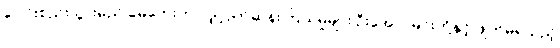
ပေါင်းစည်းသွားမည် ခမ်ဘေးက လျှို့ဝှက်ဆန်းကြယ်မှုများ ဦးအောင်မင်းတို့နှင့် ဖျက်မရသည့်